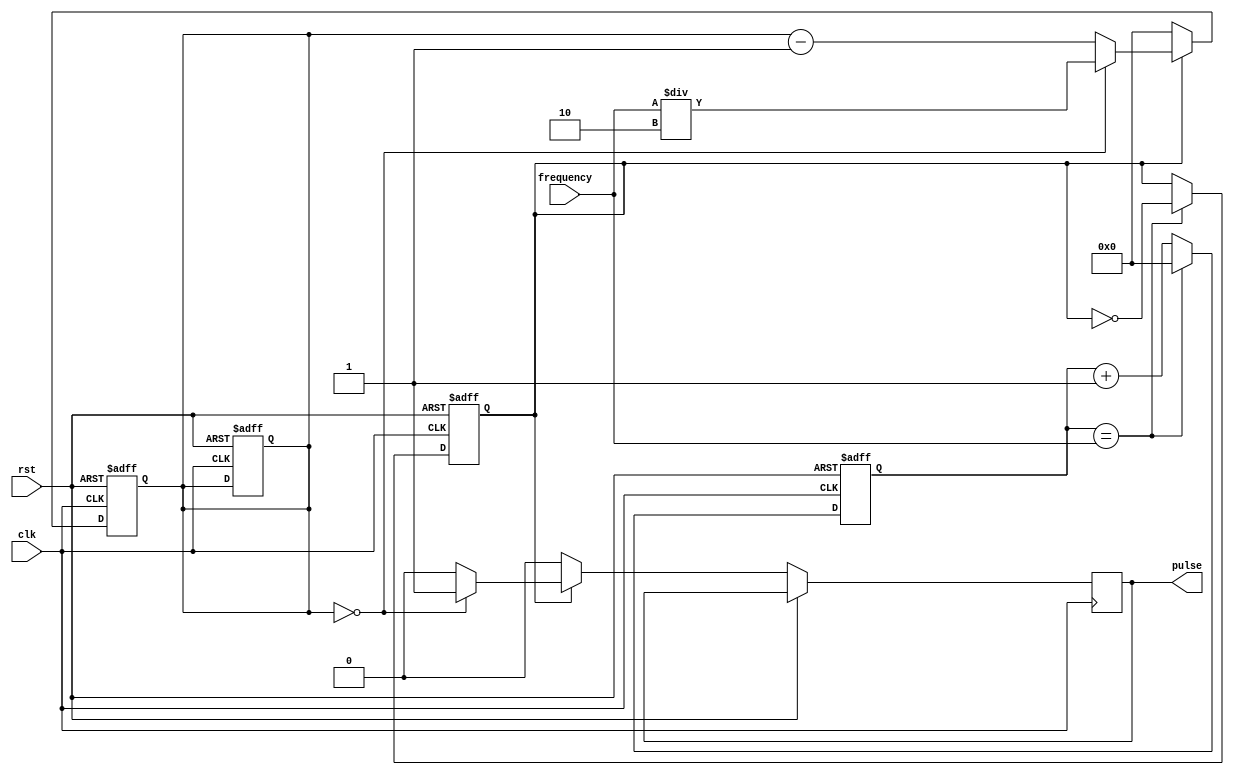
module VariableFrequencyPulseGenerator (
    input wire clk,
    input wire rst,
    input wire [7:0] frequency, // 8-bit frequency control
    output wire pulse
);

reg [31:0] count;
reg [31:0] duration;
reg generate_pulse;

always @(posedge clk or posedge rst) begin
    if (rst) begin
        count <= 0;
        duration <= 0;
        generate_pulse <= 0;
    end else begin
        if (count == frequency) begin
            count <= 0;
            generate_pulse <= ~generate_pulse;
        end else begin
            count <= count + 1;
        end
    end
end

always @(posedge clk or posedge rst) begin
    if (rst) begin
        duration <= 0;
    end else begin
        if (generate_pulse) begin
            if (duration == 0) begin
                pulse <= 1;
                duration <= frequency / 2;
            end else begin
                pulse <= 0;
                duration <= duration - 1;
            end
        end else begin
            pulse <= 0;
            duration <= 0;
        end
    end
end

endmodule